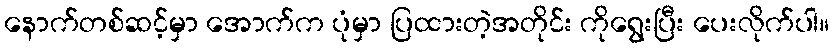
နောက်တစ်ဆင့်မှာ အောက်က ပုံမှာ ပြထားတဲ့အတိုင်း ကိုရွေးပြီး ပေးလိုက်ပါ။